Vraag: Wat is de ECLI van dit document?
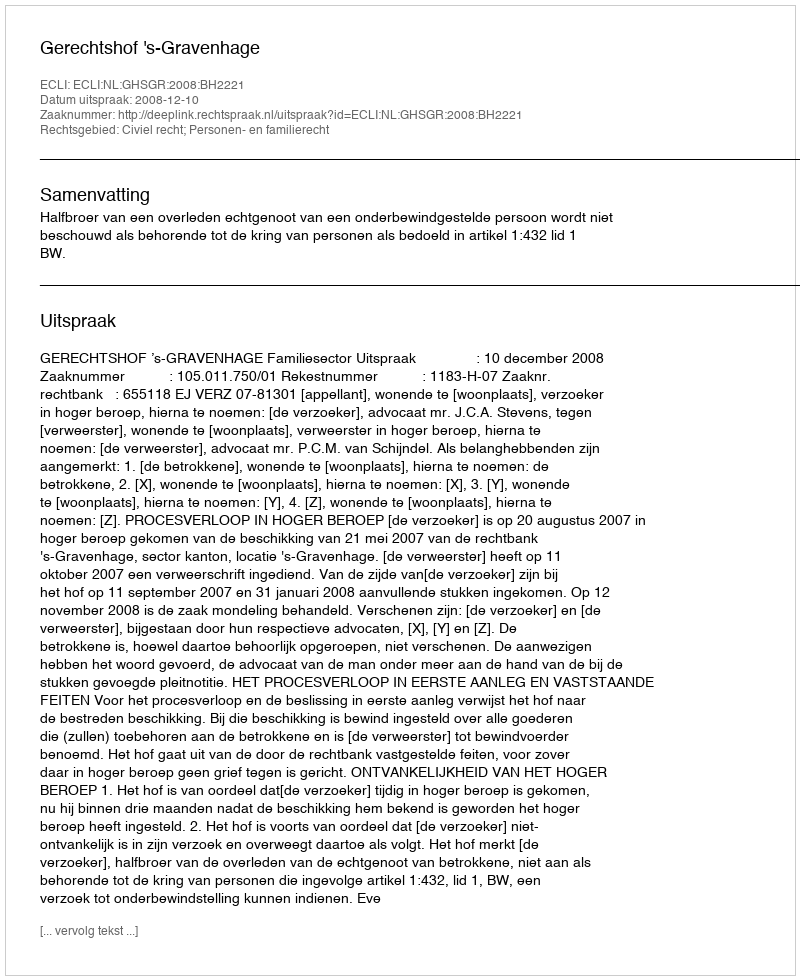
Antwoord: ECLI:NL:GHSGR:2008:BH2221